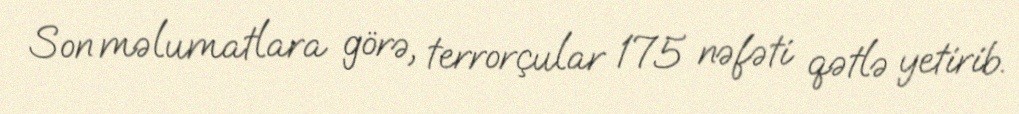
Son məlumatlara görə, terrorçular 175 nəfəti qətlə yetirib.